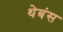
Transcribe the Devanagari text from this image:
थेबंस